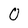
Character: 0